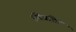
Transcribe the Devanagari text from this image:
हीरेजड़ित